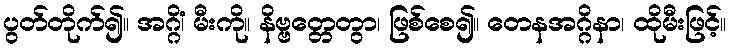
ပွတ်တိုက်၍။ အဂ္ဂိံ၊ မီးကို။ နိဗ္ဗတ္တေတွာ၊ ဖြစ်စေ၍။ တေနအဂ္ဂိနာ၊ ထိုမီးဖြင့်။